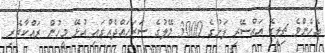
އެހެންވެ ޗިލީގެ އައްސޭރި ފަށުގެ 3000 މޭލުގެ ސަރަހައްދެއްގައި އުޅޭ މީހުން ރައްކާތެރި